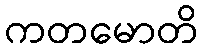
ကတမောတိ